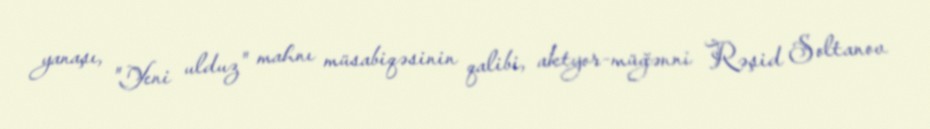
yanaşı, "Yeni ulduz" mahnı müsabiqəsinin qalibi, aktyor-müğənni Rəşid Soltanov